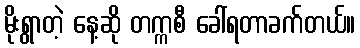
မိုးရွာတဲ့ နေ့ဆို တက္ကစီ ခေါ်ရတာခက်တယ်။